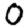
Digit: 0